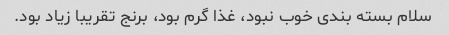
سلام بسته بندی خوب نبود، غذا گرم بود، برنج تقریبا زیاد بود.